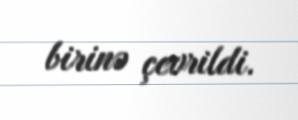
birinə çevrildi.